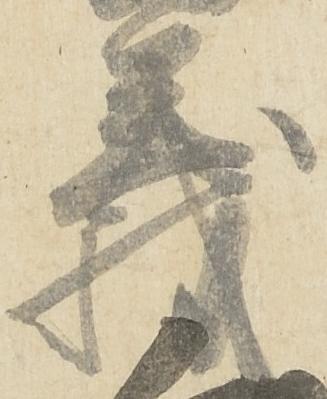
義